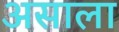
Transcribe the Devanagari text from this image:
असाला